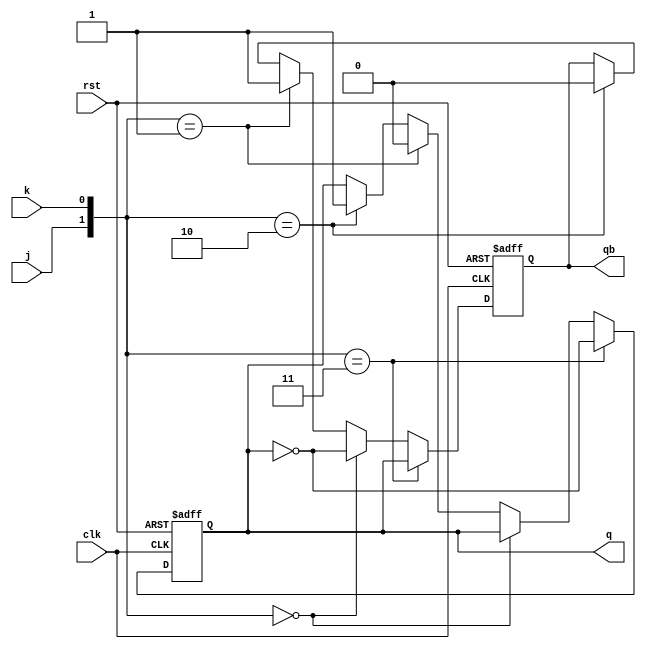
`timescale 1ns / 1ps

 
module jk_ff(input j,k,rst,clk,output reg q,qb);
always @(posedge clk or posedge rst)
begin
if(rst)
begin q=1'b0;qb=1'b1; end
else if({j,k} == 2'b11)
begin q=~q;qb=~q; end
else if({j,k} == 2'b00)
begin q=q;qb=~q; end
else if({j,k} == 2'b01)
begin q=0;qb=1; end
else if({j,k} == 2'b10)
begin q=1;qb=0; end
end
endmodule